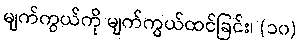
မျက်ကွယ်ကို မျက်ကွယ်ထင်ခြင်း၊ (၁၀)